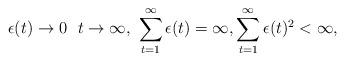
LaTeX: \begin{align*}\epsilon(t)\to 0\ \ t\to \infty,\ \sum_{t=1}^{\infty}\epsilon(t)=\infty, \sum_{t=1}^{\infty}\epsilon(t)^2<\infty, \end{align*}